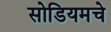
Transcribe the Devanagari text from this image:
सोडियमचे